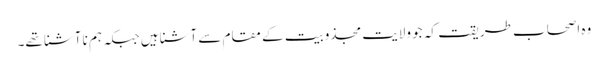
وہ اصحاب طریقت کہ جو ولایت مجذوبیت کے مقام سے آشنا ہیں جبکہ ہم نا آشنا تھے۔